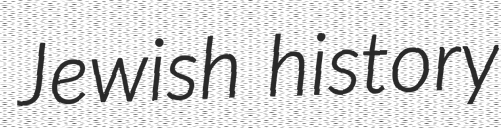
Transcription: Jewish history